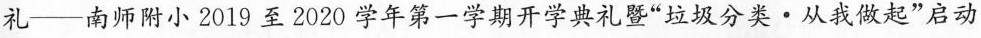
礼--南师附小2019至2020学年第一学期开学典礼暨”垃圾分类·从我做起”启动